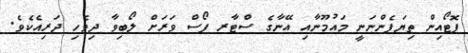
ފޮޓޯއިން ތިޔަފެންނަނީ މައުމޫނާއި އޭނާގެ ސްޓާރ ފޯސް ވަރަށް ލޯބިވާ ދިވެހި ދަރިއެކެވެ.